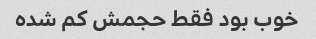
خوب بود فقط حجمش کم شده